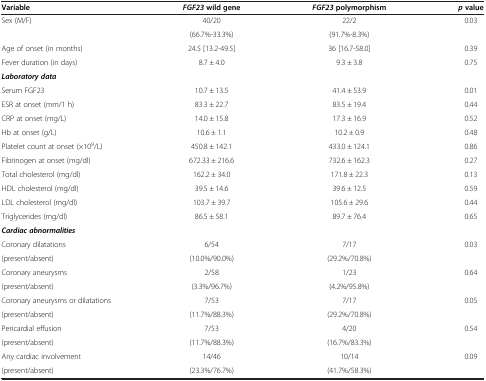
<table><thead><tr><td><b>Variable</b></td><td><b><i>FGF23 </i>wild gene</b></td><td><b><i>FGF23 </i>polymorphism</b></td><td><b><i>p </i>value</b></td></tr></thead><tbody><tr><td rowspan="2">Sex (M/F)</td><td>40/20</td><td>22/2</td><td rowspan="2">0.03</td></tr><tr><td>(66.7%-33.3%)</td><td>(91.7%-8.3%)</td></tr><tr><td>Age of onset (in months)</td><td>24.5 [13.2-49.5]</td><td>36 [16.7-58.0]</td><td>0.39</td></tr><tr><td>Fever duration (in days)</td><td>8.7 ± 4.0</td><td>9.3 ± 3.8</td><td>0.75</td></tr><tr><td colspan="4"><b><i>Laboratory data</i></b></td></tr><tr><td>Serum FGF23</td><td>10.7 ± 13.5</td><td>41.4 ± 53.9</td><td>0.01</td></tr><tr><td>ESR at onset (mm/1 h)</td><td>83.3 ± 22.7</td><td>83.5 ± 19.4</td><td>0.44</td></tr><tr><td>CRP at onset (mg/L)</td><td>14.0 ± 15.8</td><td>17.3 ± 16.9</td><td>0.52</td></tr><tr><td>Hb at onset (g/L)</td><td>10.6 ± 1.1</td><td>10.2 ± 0.9</td><td>0.48</td></tr><tr><td>Platelet count at onset (×10<sup>9</sup>/L)</td><td>450.8 ± 142.1</td><td>433.0 ± 124.1</td><td>0.86</td></tr><tr><td>Fibrinogen at onset (mg/dl)</td><td>672.33 ± 216.6</td><td>732.6 ± 162.3</td><td>0.27</td></tr><tr><td>Total cholesterol (mg/dl)</td><td>162.2 ± 34.0</td><td>171.8 ± 22.3</td><td>0.13</td></tr><tr><td>HDL cholesterol (mg/dl)</td><td>39.5 ± 14.6</td><td>39.6 ± 12.5</td><td>0.59</td></tr><tr><td>LDL cholesterol (mg/dl)</td><td>103.7 ± 39.7</td><td>105.6 ± 29.6</td><td>0.44</td></tr><tr><td>Triglycerides (mg/dl)</td><td>86.5 ± 58.1</td><td>89.7 ± 76.4</td><td>0.65</td></tr><tr><td colspan="4"><b><i>Cardiac abnormalities</i></b></td></tr><tr><td>Coronary dilatations</td><td>6/54</td><td>7/17</td><td rowspan="2">0.03</td></tr><tr><td>(present/absent)</td><td>(10.0%/90.0%)</td><td>(29.2%/70.8%)</td></tr><tr><td>Coronary aneurysms</td><td>2/58</td><td>1/23</td><td rowspan="2">0.64</td></tr><tr><td>(present/absent)</td><td>(3.3%/96.7%)</td><td>(4.2%/95.8%)</td></tr><tr><td>Coronary aneurysms or dilatations</td><td>7/53</td><td>7/17</td><td rowspan="2">0.05</td></tr><tr><td>(present/absent)</td><td>(11.7%/88.3%)</td><td>(29.2%/70.8%)</td></tr><tr><td>Pericardial effusion</td><td>7/53</td><td>4/20</td><td rowspan="2">0.54</td></tr><tr><td>(present/absent)</td><td>(11.7%/88.3%)</td><td>(16.7%/83.3%)</td></tr><tr><td>Any cardiac involvement</td><td>14/46</td><td>10/14</td><td rowspan="2">0.09</td></tr><tr><td>(present/absent)</td><td>(23.3%/76.7%)</td><td>(41.7%/58.3%)</td></tr></tbody></table>